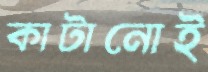
কাটানোই